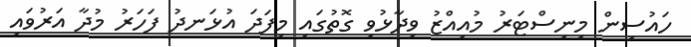
ހައުސިން މިނިސްޓަރު މުއިއްޒު ވިދާޅުވި ގޮތުގައި މިފަދަ އުޅަނދު ފަހަރު މުދާ އަރުވައި